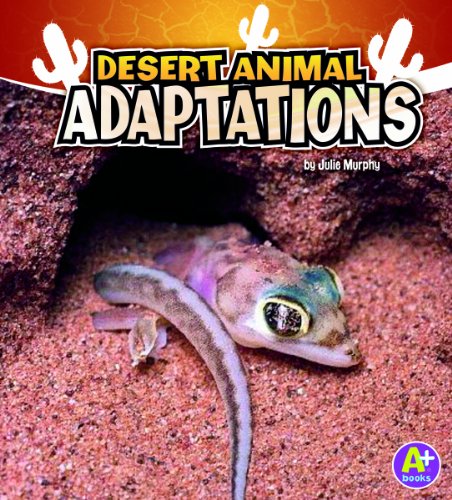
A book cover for Desert Animal Adaptations (Amazing Animal Adaptations); Julie Murphy; Children's Books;